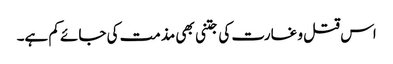
اس قتل و غارت کی جتنی بھی مذمت کی جائے کم ہے۔